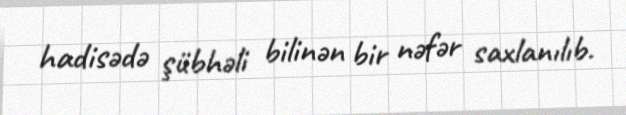
hadisədə şübhəli bilinən bir nəfər saxlanılıb.